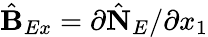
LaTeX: \hat{\mathbf B}_{Ex}=\partial\hat{\mathbf N}_{E}/\partial x_{1}